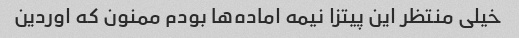
خیلی منتظر این پیتزا نیمه اماده‌ها بودم ممنون که اوردین